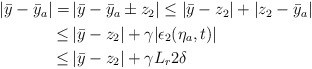
\begin{align*}\begin{aligned}|\bar{y}-\bar{y}_a| =& \,|\bar{y}-\bar{y}_a\pm z_2| \le |\bar{y}-z_2|+|z_2-\bar{y}_a|\\\le &\, |\bar{y}-z_2|+\gamma|\epsilon_2(\eta_a,t)| \\\le &\, |\bar{y}-z_2|+\gamma L_r 2\delta \end{aligned}\end{align*}